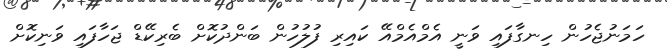
ހަމަނުޖެހުން ހިނގާފައި ވަނީ އެމްއެމްއޭ ކައިރި ފުލުހުން ބަންދުކޮށް ބެރިކޭޑް ޖަހާފައި ވަނިކޮށް